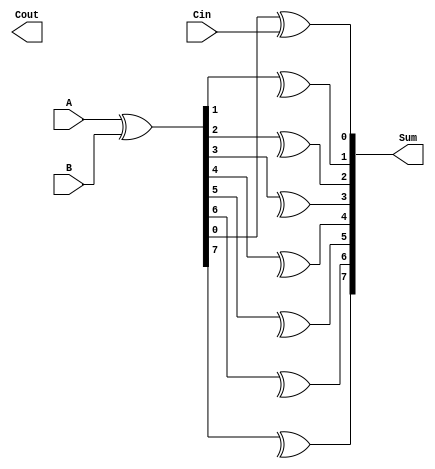
module carry_skip_lookahead_adder (
    input [7:0] A,
    input [7:0] B,
    input Cin,
    output [8:0] Sum,
    output Cout
);

wire [7:0] P, G, C;
wire [6:0] C_in;
wire [6:0] C_out;
wire [7:0] Z;

assign P = A ^ B;
assign G = A & B;
assign C[0] = Cin;

genvar i;

generate
    for (i = 0; i < 7; i = i + 1) begin
        assign Z[i] = P[i] ^ C[i];
        assign C_in[i+1] = G[i] | (P[i] & C[i]);
        assign C_out[i] = G[i] | (P[i] & C[i]);
    end
endgenerate

assign Z[7] = P[7] ^ C[7];
assign C_in[0] = G[7] | (P[7] & C[7]);

assign Sum = {C_0, Z};
assign Cout = C_out[7];

endmodule